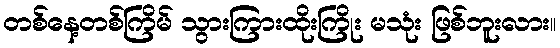
တစ်နေ့တစ်ကြိမ် သွားကြားထိုးကြိုး မသုံး ဖြစ်ဘူးလား။